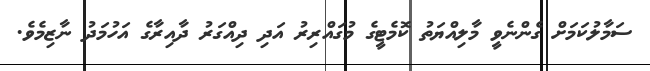
ސަމާލުކަމަށް ގެންނެވީ މާލިއްޔަތު ކޮމެޓީގެ މުގައްރިރު އަދި ދިއްގަރު ދާއިރާގެ އަހުމަދު ނާޒިމެވެ.